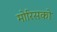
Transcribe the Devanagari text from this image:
मोरिसको